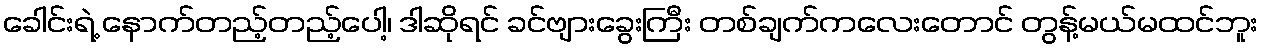
ခေါင်းရဲ့ နောက်တည့်တည့်ပေါ့၊ ဒါဆိုရင် ခင်ဗျားခွေးကြီး တစ်ချက်ကလေးတောင် တွန့်မယ်မထင်ဘူး